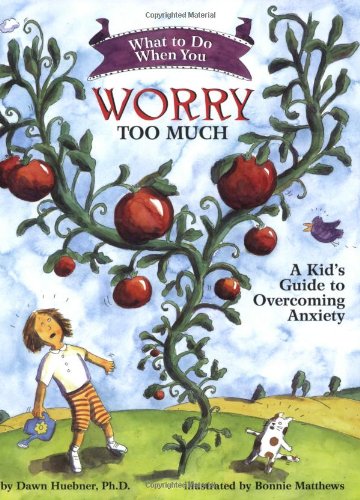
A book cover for What to Do When You Worry Too Much: A Kid's Guide to Overcoming Anxiety (What to Do Guides for Kids); Dawn Huebner; Reference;